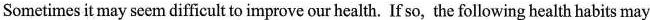
Some times it may seem difficult to improve our health. If so, the following health habits may